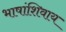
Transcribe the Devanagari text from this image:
भाषांशिवाय